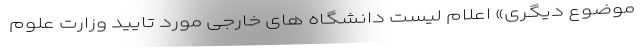
موضوع دیگری‌» اعلام لیست دانشگاه های خارجی مورد تایید وزارت علوم